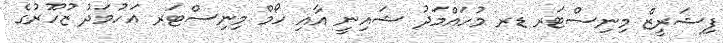
ފިޝަރީޒް މިނިސްޓަރ ޑރ މުހައްމަދު ޝައިނީ އާއި ހޯމް މިނިސްޓަރ އަހުމަދު ޒުހޫރުގެ